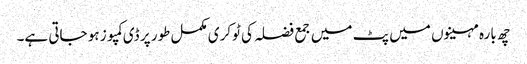
چھ بارہ مہینوں میں پٹ میں جمع فضلہ کی ٹوکری مکمل طور پر ڈی کمپوز ہو جاتی ہے۔